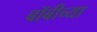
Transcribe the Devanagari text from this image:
बॉबीच्या